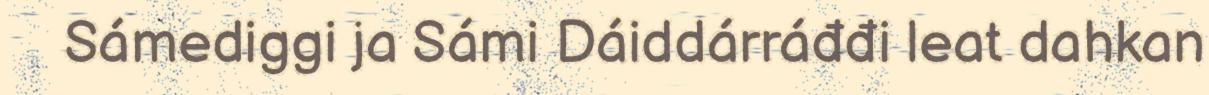
Sámediggi ja Sámi Dáiddárráđđi leat dahkan